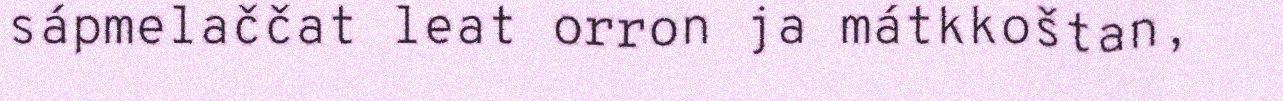
sápmelaččat leat orron ja mátkkoštan,